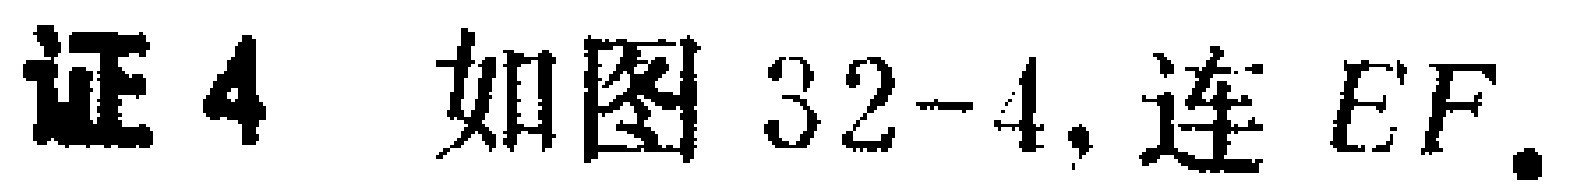
证4 如图32-4, 连 \(EF\).